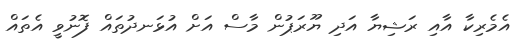
އެމެރިކާ އާއި ރަޝިޔާ އަދި ޔޫރަޕުން މާސް އަށް އުޅަނދުތައް ފޮނުވީ އެތައް